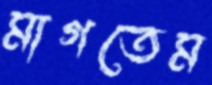
মাগতেম